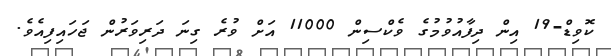
ކޮވިޑް-19 އިން ދިފާއުވުމުގެ ވެކްސިން 11000 އަށް ވުރެ ގިނަ ދަރިވަރުން ޖަހައިފިއެވެ.